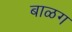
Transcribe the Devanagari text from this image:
बाळग